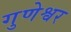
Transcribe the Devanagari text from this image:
गुणेश्वर